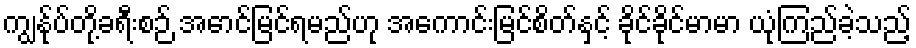
ကျွန်ုပ်တို့ခရီးစဉ် အောင်မြင်ရမည်ဟု အကောင်းမြင်စိတ်နှင့် ခိုင်ခိုင်မာမာ ယုံကြည်ခဲ့သည့်